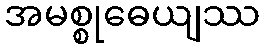
အမစ္စုဓေယျဿ